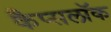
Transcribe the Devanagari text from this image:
कैप्सलॉक